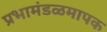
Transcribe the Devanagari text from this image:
प्रभामंडळमापक